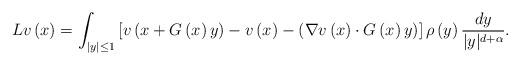
LaTeX: \begin{align*}Lv\left( x\right) =\int_{\left\vert y\right\vert \leq 1}\left[ v\left(x+G\left( x\right) y\right) -v\left( x\right) -\left( \nabla v\left(x\right) \cdot G\left( x\right) y\right) \right] \rho \left( y\right) \frac{dy}{|y|^{d+\alpha }}. \end{align*}